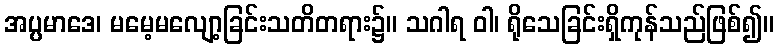
အပ္ပမာဒေ၊ မမေ့မလျော့ခြင်းသတိတရား၌။ သဂါရ ဝါ၊ ရိုသေခြင်းရှိကုန်သည်ဖြစ်၍။